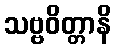
သဗ္ဗဝိတ္တာနိ